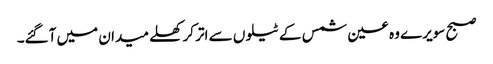
صبح سویرے وہ عین شمس کے ٹیلوں سے اتر کر کھلے میدان میں آگئے۔